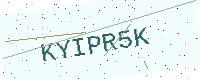
Text: KYIPR5K